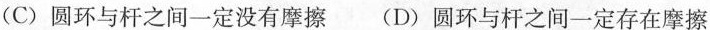
(C)圆环与杆之间一定没有摩擦 (D)圆环与杆之间一定存在摩擦